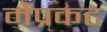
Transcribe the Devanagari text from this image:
मेंप्रकट